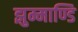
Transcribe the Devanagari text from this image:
झुम्माण्डि